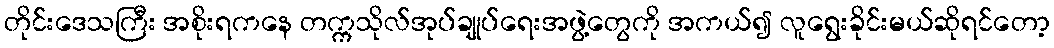
တိုင်းဒေသကြီး အစိုးရကနေ တက္ကသိုလ်အုပ်ချုပ်ရေးအဖွဲ့တွေကို အကယ်၍ လူရွေးခိုင်းမယ်ဆိုရင်တော့